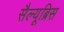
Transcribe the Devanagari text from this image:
सैल्यूब्रिस